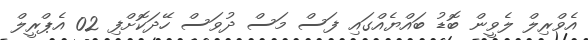
އެވްރިލް ލެވީން ބޮޑު ބައްޔެއްގައި ފަސް މަސް ދުވަސް ހޭދަކޮށްފި 02 އެޕްރީލް